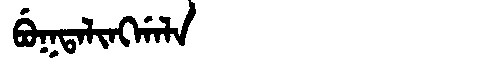
Manchu: ᠪᡠᡴᡨᠠᠯᡳᠩᡤᠠᠯᠠ
Romanization: BUKTALINGGALA